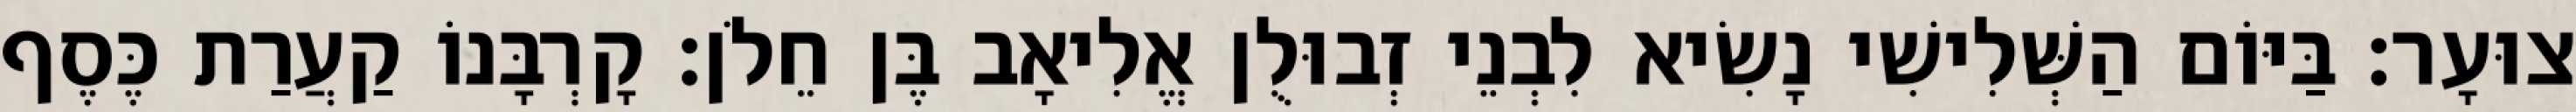
צוּעָר׃ בַּיּוֹם הַשְּׁלִישִׁי נָשִׂיא לִבְנֵי זְבוּלֻן אֱלִיאָב בֶּן חֵלֹן׃ קָרְבָּנוֹ קַעֲרַת כֶּסֶף